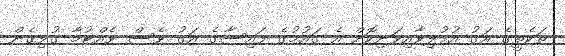
ތަކެތީގެ އަގު އުފުލިވާއިވަނިކޮށް އެ ގައުމުގެ ފައިސާގެ އަގު ވެސް ވެއްޓުމާ ގުޅިގެން